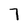
Character: 7